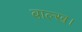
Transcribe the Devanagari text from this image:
बाल्ख।